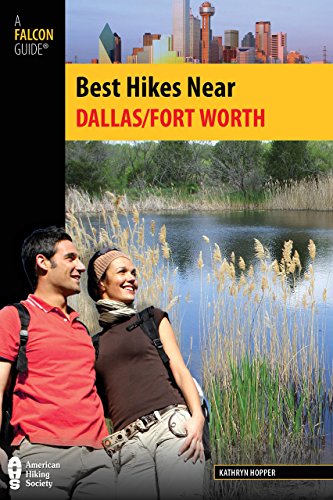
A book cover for Best Hikes Near Dallas/Fort Worth (Best Hikes Near Series); Kathryn Hopper; Travel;